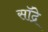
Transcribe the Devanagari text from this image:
सॉद्रे